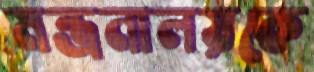
মন্ত্রনালয়কে